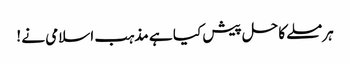
ہر مسلے کا حل پیش کیا ہے مذہب اسلامی نے !